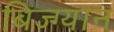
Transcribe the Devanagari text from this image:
बिज्ग्यान